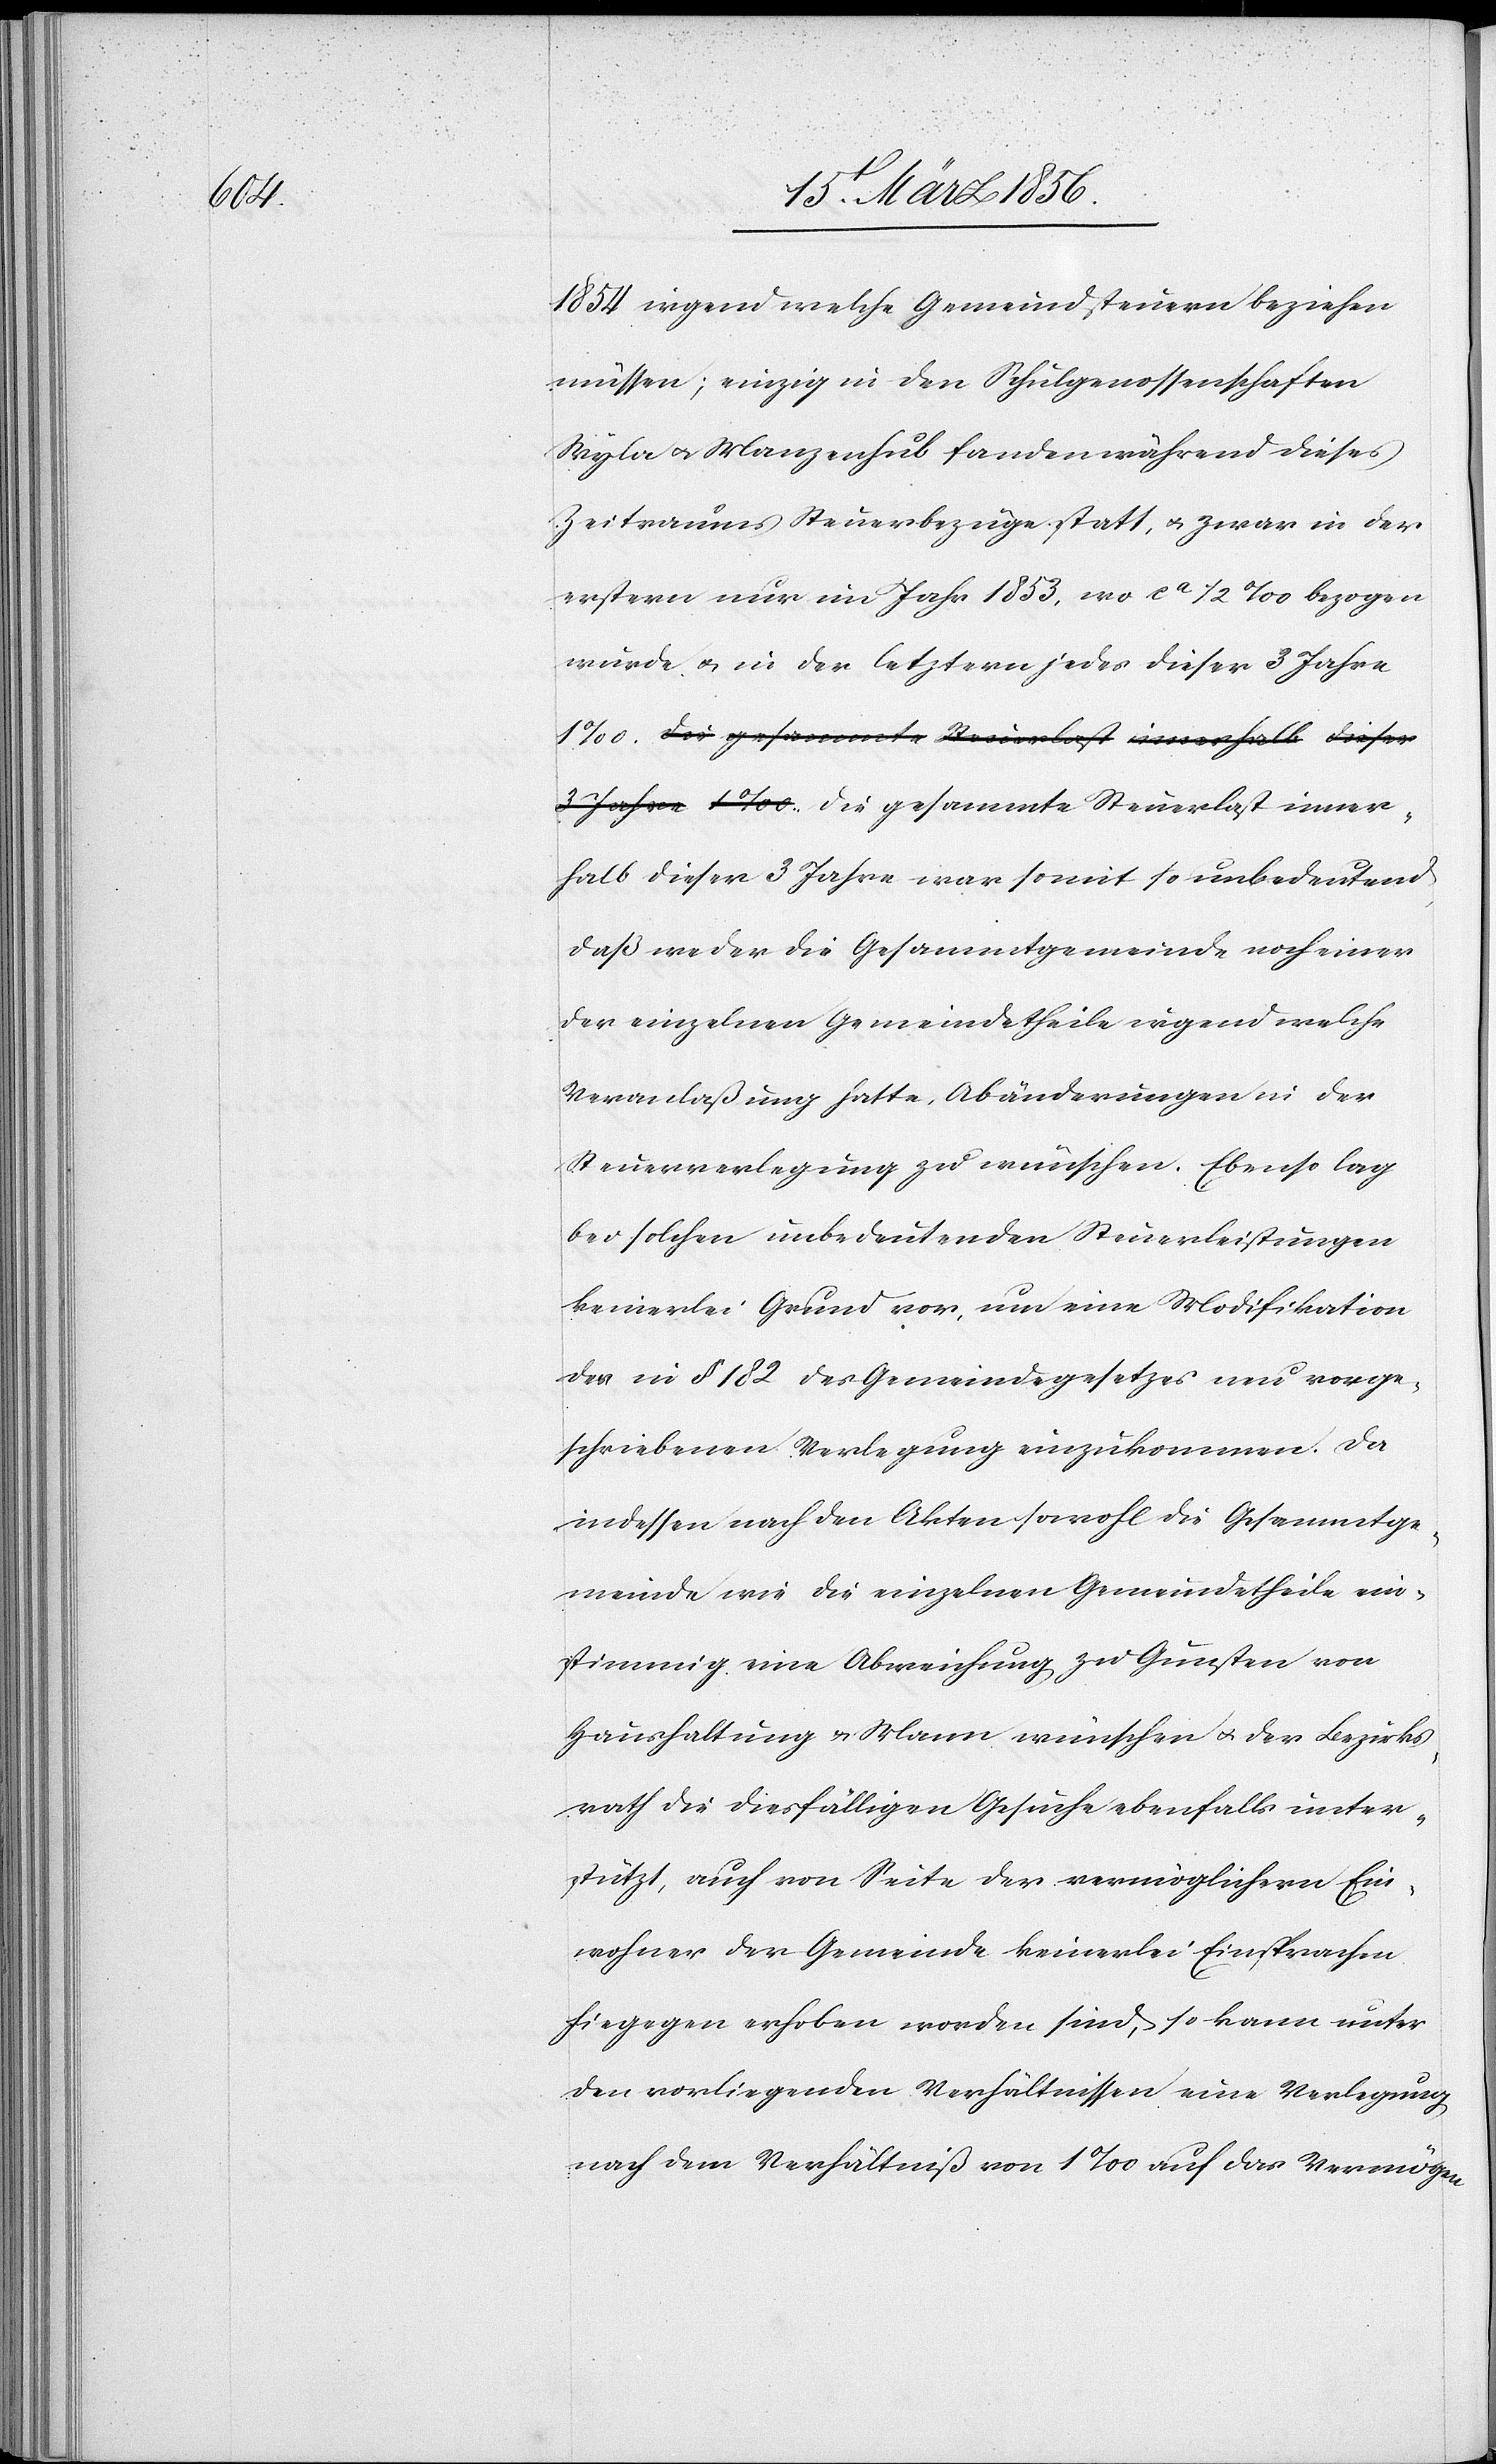
1854 irgend welche Gemeindsteuern beziehen
müssen; einzig in den Schulgenossenschaften
Wyla u. Manzenhub fanden während dieses
Zeitraums Steuerbezüge statt, u. zwar in der
erstern nur im Jahr 1853, wo ca ½ ‰ bezogen
wurde u. in der letztern jedes dieser 3 Jahre
1‰. Die gesammte Steuerlast inner¬
halb dieser 3 Jahre war somit so unbedeutend
daß weder die Gesammtgemeinde noch einer
der einzelnen Gemeindetheile irgend welche
Veranlaßung hatte, Abänderungen in der
Steuerverlegung zu wünschen. Ebenso lag
bei solchen unbedeutenden Steuerleistungen
keinerlei Grund vor, um eine Modifikation
der in § 182 des Gemeindegesetzes neu vorge¬
schriebenen Verlegung einzukommen. Da
indessen nach den Akten sowohl die Gesammtge¬
meinde wie die einzelnen Gemeindetheile ein¬
stimmig eine Abweichung zu Gunsten von
Haushaltung & Mann wünschen u. der Bezirks¬
rath die diesfälligen Gesuche ebenfalls unter¬
stützt, auch von Seite der vermöglichern Ein¬
wohner der Gemeinde keinerlei Einsprachen
hiegegen erhoben worden sind, so kann unter
den vorliegenden Verhältnissen eine Verlegung
nach dem Verhältniß von 1‰ auf das Vermögen